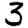
Digit: 3